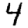
Digit: 4